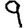
Digit: 9